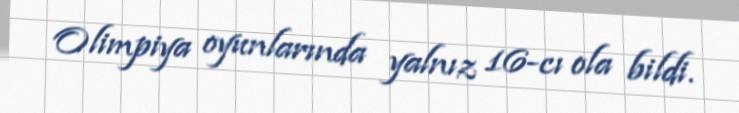
Olimpiya oyunlarında yalnız 16-cı ola bildi.